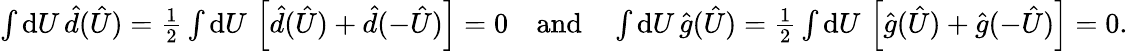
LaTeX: \textstyle\int\mathrm{d}U\, \hat{d}(\hat{U})=\frac{1}{2}\int\mathrm{d}U\, \left[\hat{d}(\hat{U})+\hat{d}(-\hat{U})\right]=0\quad\mathrm{and}\quad\int\mathrm{d}U\, \hat{g}(\hat{U})=\frac{1}{2}\int\mathrm{d}U\, \left[\hat{g}(\hat{U})+\hat{g}(-\hat{U})\right]=0.